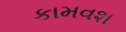
કામવશ